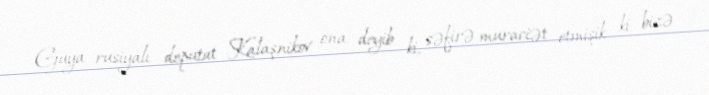
Guya rusiyalı deputat Kalaşnikov ona deyib ki, səfirə muraciət etmişik ki, bizə